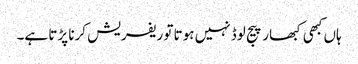
ہاں کبھی کبھار پیج لوڈ نہیں ہوتا تو ریفریش کرنا پڑتا ہے۔